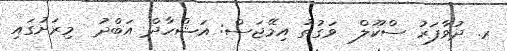
ރ. ދުވާފަރު ސްކޫލް  ވަގުތު އިމޭޖަސް: އަޝްހާދް އަބްދު  މިރަށުގައި